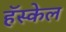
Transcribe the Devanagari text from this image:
हॅस्केल